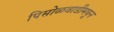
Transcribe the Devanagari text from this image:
पिसोळवाडीमधून